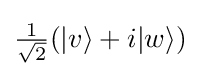
{\textstyle {\frac {1}{\sqrt {2}}}(|v\rangle +i|w\rangle )}